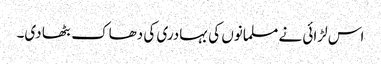
اس لڑائی نے مسلمانوں کی بہادری کی دھاک بٹھا دی۔